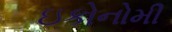
ઇકોનોમી